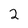
Character: 2